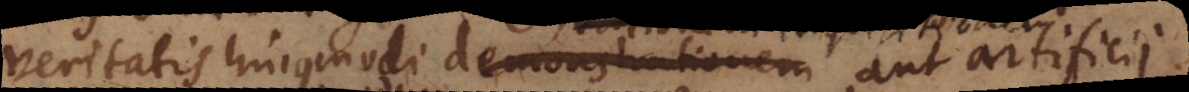
veritatis hujusmodi demonstrationem, rationem,